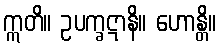
ဣတိ။ ဥပက္ခဋာနိ။ ဟောန္တိ။